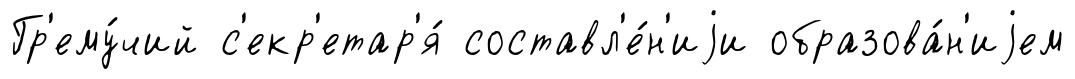
Гр'ему́чий с'екр'етар'я́ составл'е́н'иjи образова́н'иjем